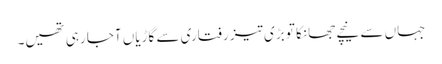
جہاں سے نیچے جھانکا تو بڑی تیز رفتاری سے گاڑیاں آجا رہی تھیں۔